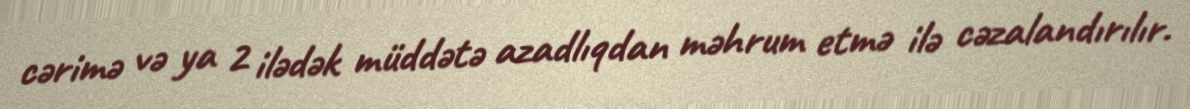
cərimə və ya 2 ilədək müddətə azadlıqdan məhrum etmə ilə cəzalandırılır.